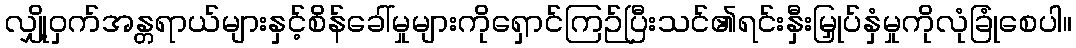
လျှို့ဝှက်အန္တရာယ်များနှင့်စိန်ခေါ်မှုများကိုရှောင်ကြဉ်ပြီးသင်၏ရင်းနှီးမြှုပ်နှံမှုကိုလုံခြုံစေပါ။